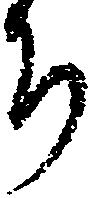
ち